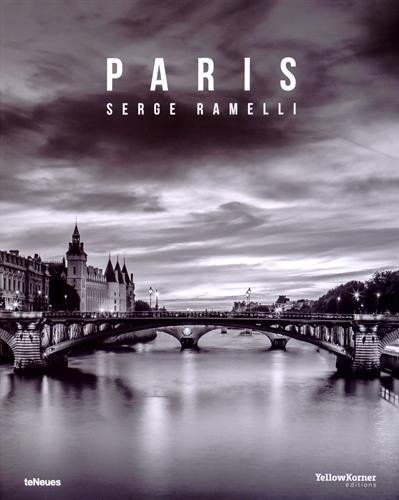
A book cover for Paris; Arts & Photography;